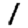
Digit: 1